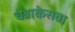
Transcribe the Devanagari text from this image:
चेन्नाकेसवा